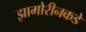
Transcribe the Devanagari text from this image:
झामोरीनकडे